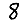
Digit: 8